Lunatic asylums Central Provinces reports 1895-1909 - 1895-1909
Year: 1895
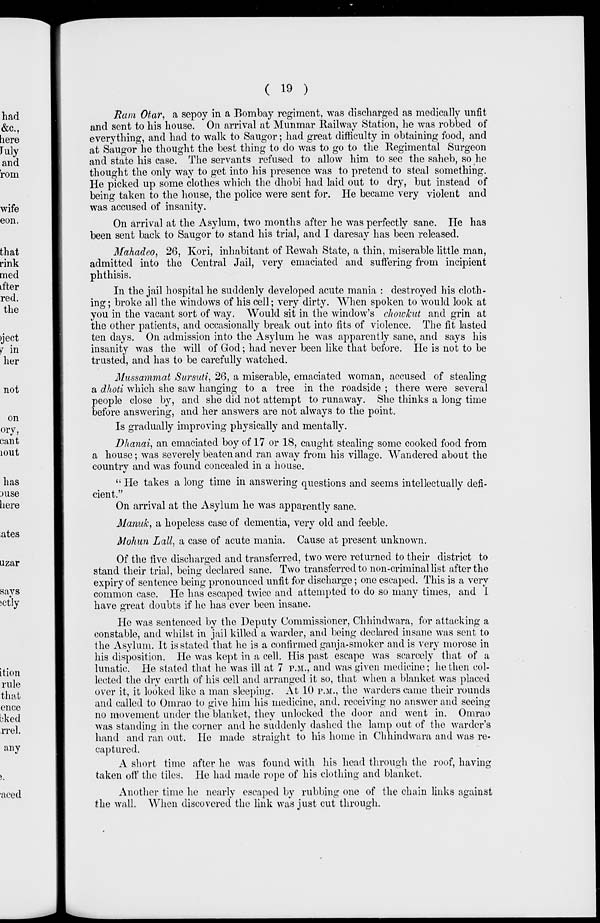
( 19 )
Ram Otar, a sepoy in a Bombay regiment, was discharged as medically unfit
and sent to his house. On arrival at Munmar Railway Station, he was robbed of
everything, and had to walk to Saugor; had great difficulty in obtaining food, and
at Saugor he thought the best thing to do was to go to the Regimental Surgeon
and state his case. The servants refused to allow him to see the saheb, so he
thought the only way to get into his presence was to pretend to steal something.
He picked up some clothes which the dhobi had laid out to dry, but instead of
being taken to the house, the police were sent for. He became very violent and
was accused of insanity.
On arrival at the Asylum, two months after he was perfectly sane. He has
been sent back to Saugor to stand his trial, and I daresay has been released.
Mahadeo, 26, Kori, inhabitant of Rewah State, a thin, miserable little man,
admitted into the Central Jail, very emaciated and suffering from incipient
phthisis.
In the jail hospital he suddenly developed acute mania : destroyed his cloth-
ing ; broke all the windows of his cell; very dirty. When spoken to would look at
you in the vacant sort of way. Would sit in the window's chowkut and grin at
the other patients, and occasionally break out into fits of violence. The fit lasted
ten days. On admission into the Asylum he was apparently sane, and says his
insanity was the will of God; had never been like that before. He is not to be
trusted, and has to be carefully watched.
Mussammat Sursuti, 26, a miserable, emaciated woman, accused of stealing
a dhoti which she saw hanging to a tree in the roadside ; there were several
people close by, and she did not attempt to runaway. She thinks a long time
before answering, and her answers are not always to the point.
Is gradually improving physically and mentally.
Dhanai, an emaciated boy of 17 or 18, caught stealing some cooked food from
a house; was severely beaten and ran away from his village. Wandered about the
country and was found concealed in a house.
" He takes a long time in answering questions and seems intellectually defi-
cient."
On arrival at the Asylum he was apparently sane.
Manuk, a hopeless case of dementia, very old and feeble.
Mohun Lall, a case of acute mania. Cause at present unknown.
Of the five discharged and transferred, two were returned to their district to
stand their trial, being declared sane. Two transferred to non-criminal list after the
expiry of sentence being pronounced unfit for discharge; one escaped. This is a very
common case. He has escaped twice and attempted to do so many times, and I
have great doubts if he has ever been insane.
He was sentenced by the Deputy Commissioner, Chhindwara, for attacking a
constable, and whilst in jail killed a warder, and being declared insane was sent to
the Asylum. It is stated that he is a confirmed ganja-smoker and is very morose in
his disposition. He was kept in a cell. His past escape was scarcely that of a
lunatic. He stated that he was ill at 7 P.M., and was given medicine; he then col-
lected the dry earth of his cell and arranged it so, that when a blanket was placed
over it, it looked like a man sleeping. At 10 P.M., the warders came their rounds
and called to Omrao to give him his medicine, and. receiving no answer and seeing
no movement under the blanket, they unlocked the door and went in. Omrao
was standing in the corner and he suddenly dashed the lamp out of the warder's
hand and ran out. He made straight to his home in Chhindwara and was re-
captured.
A short time after he was found with his head through the roof, having
taken off the tiles. He had made rope of his clothing and blanket.
Another time he nearly escaped by rubbing one of the chain links against
the wall. When discovered the link was just cut through.